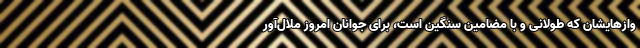
وازهایشان که طولانی و با مضامین سنگین است، برای جوانان امروز ملال‌آور